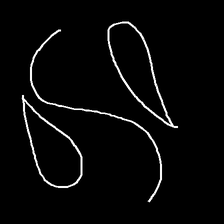
Glyph: water